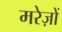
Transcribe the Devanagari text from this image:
मरेज़ों